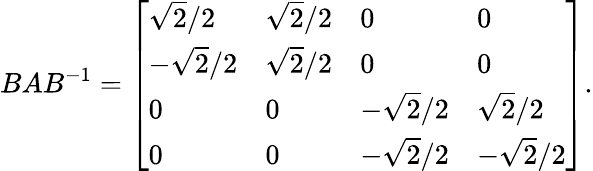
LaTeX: BAB^{-1}={\left[\begin{array}{llll}{{\sqrt{2}}/2}&{{\sqrt{2}}/2}&{0}&{0}\\ {-{\sqrt{2}}/2}&{{\sqrt{2}}/2}&{0}&{0}\\ {0}&{0}&{-{\sqrt{2}}/2}&{{\sqrt{2}}/2}\\ {0}&{0}&{-{\sqrt{2}}/2}&{-{\sqrt{2}}/2}\end{array}\right]}.